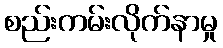
စည်းကမ်းလိုက်နာမှု